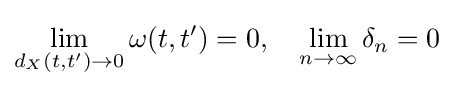
\lim _{d_{X}(t,t')\to 0}\omega (t,t')=0,\quad \lim _{n\to \infty }\delta _{n}=0